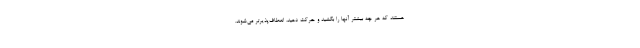
هستند که هر چه بیشتر آنها را بکشید و حرکت دهید، انعطاف‌پذیرتر می‌شوند.